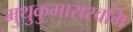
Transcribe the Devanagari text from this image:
मुथुकुमारास्वमि